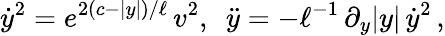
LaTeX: \dot{y}^{2}=e^{2(c-|y|)/\ell}\, v^{2},\, \, \, \ddot{y}=-\ell^{-1}\, \partial_{y}|y|\, \dot{y}^{2}\, ,